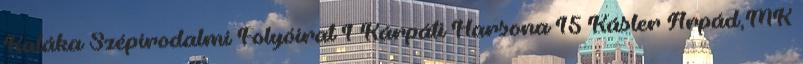
Kaláka Szépirodalmi Folyóirat 1 Kárpáti Harsona 15 Kásler Árpád,MK